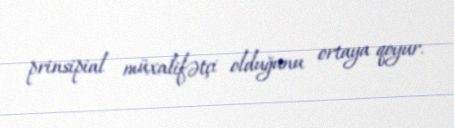
prinsipial müxalifətçi olduğunu ortaya qoyur.